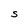
Character: S